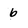
Character: 6